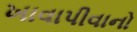
ખાવાપીવાનો